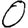
Digit: 0